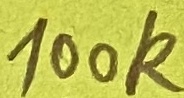
Text: 100k